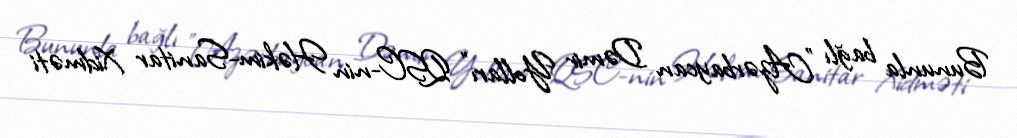
Bununla bağlı ”Azərbaycan Dəmir Yolları" QSC-nin Həkim-Sanitar Xidməti